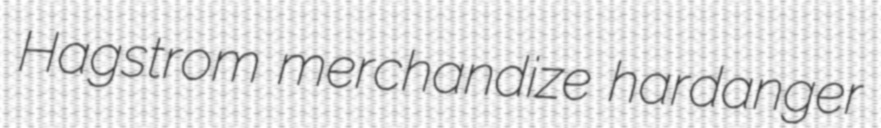
Hagstrom merchandize hardanger